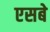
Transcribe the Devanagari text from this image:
एसबे